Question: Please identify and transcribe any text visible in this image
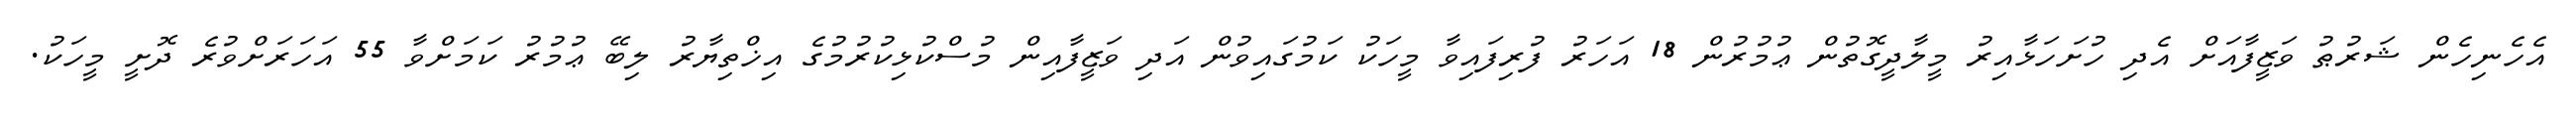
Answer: އެހެނިހެން ޝަރުޠު ވަޒީފާއަށް އެދި ހުށަހަޅާއިރު މީލާދީގޮތުން ޢުމުރުން 18 އަހަރު ފުރިފައިވާ މީހަކު ކަމުގައިވުން އަދި ވަޒީފާއިން މުސްކުޅިކުރުމުގެ އިޚްތިޔާރު ލިބޭ ޢުމުރު ކަމަށްވާ 55 އަހަރަށްވުރެ ދޮށީ މީހަކު.